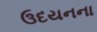
ઉદયનના